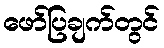
ဖော်ပြချက်တွင်